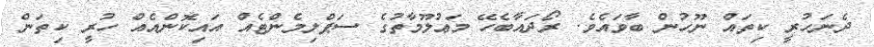
ދެނަހުރީ ކިތައް ނޫހުން ބާވައެވެ. ރޯދައާބެހޭ މަޢުލޫމާތުގެ ސަޕްލިމެންޓެއް އައިކޮންއެއް ހުރީ ކިތަން